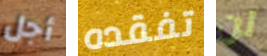
أجل تفقده لن